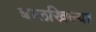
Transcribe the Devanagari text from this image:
बालखिल्या